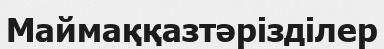
Маймаққазтәрізділер